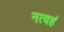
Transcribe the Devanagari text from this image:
नत्वहं